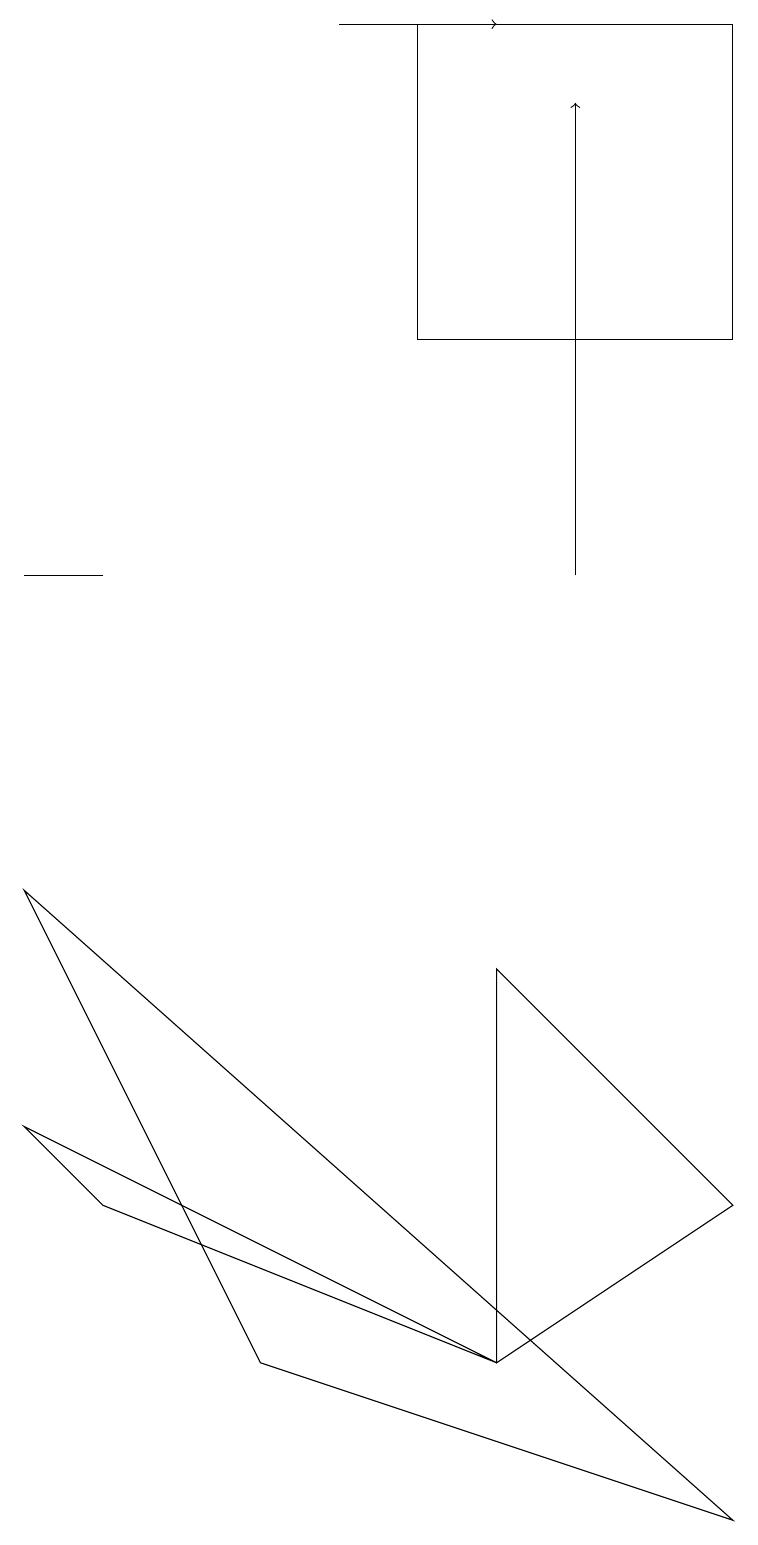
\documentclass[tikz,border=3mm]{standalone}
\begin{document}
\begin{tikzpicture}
\draw (9,4) -- (6,7) -- (6,2) -- cycle;
\draw[->] (4,19) -- (6,19);
\draw (1,4) -- (0,5) -- (6,2) -- cycle;
\draw (1,12) rectangle (0,12);
\draw[->] (7,12) -- (7,18);
\draw (3,2) -- (9,0) -- (0,8) -- cycle;
\draw (9,15) rectangle (5,19);
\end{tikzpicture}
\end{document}